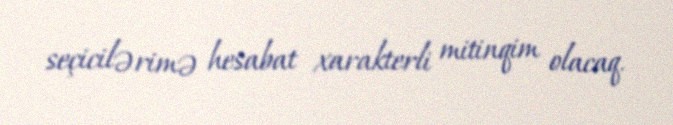
seçicilərimə hesabat xarakterli mitinqim olacaq.